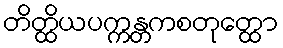
တိတ္ထိယပက္ကန္တကစတုတ္ထော